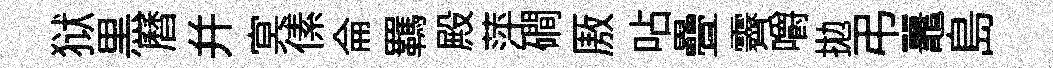
狱黒曆并㝠傃侖羈殿萍磵厫呫疊霽嚼拋弔鼉島